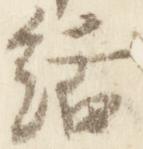
絬